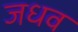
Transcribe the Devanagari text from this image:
जधव